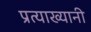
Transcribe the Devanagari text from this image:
प्रत्याख्यानी